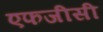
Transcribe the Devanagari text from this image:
एफजीसी